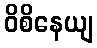
ဝိစိနေယျ